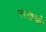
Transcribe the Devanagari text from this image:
परखच्चे